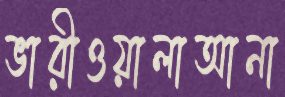
ভারীওয়ালাআনা